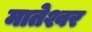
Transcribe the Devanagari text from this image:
मातेश्वर